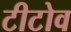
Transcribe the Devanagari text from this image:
टीटोव